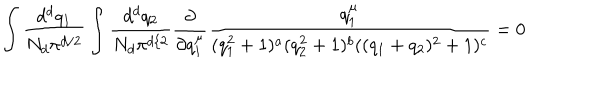
\int \frac { d ^ { d } q _ { 1 } } { N _ { d } \pi ^ { d / 2 } } \int \frac { d ^ { d } q _ { 2 } } { N _ { d } \pi ^ { d / 2 } } \frac { \partial } { \partial q _ { 1 } ^ { \mu } } \frac { q _ { 1 } ^ { \mu } } { ( q _ { 1 } ^ { 2 } + 1 ) ^ { a } ( q _ { 2 } ^ { 2 } + 1 ) ^ { b } ( ( q _ { 1 } + q _ { 2 } ) ^ { 2 } + 1 ) ^ { c } } = 0